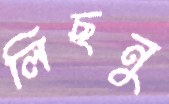
লিছনু